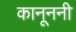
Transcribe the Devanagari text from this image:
कानूननी